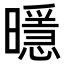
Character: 𭨄